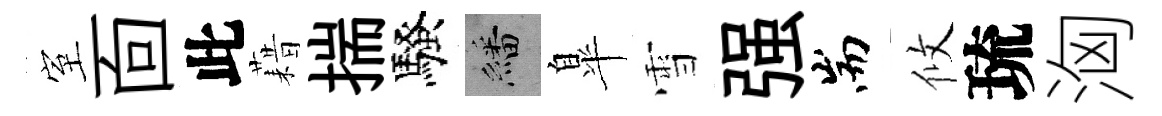
室靣此藉揣騷繙臯雪强耑攸琉洶